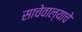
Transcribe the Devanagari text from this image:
साचेवाल्याचे